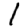
Digit: 1